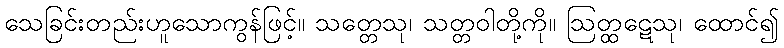
သေခြင်းတည်းဟူသောကွန်ဖြင့်။ သတ္တေသု၊ သတ္တဝါတို့ကို။ ဩတ္ထဋေသု၊ ထောင်၍